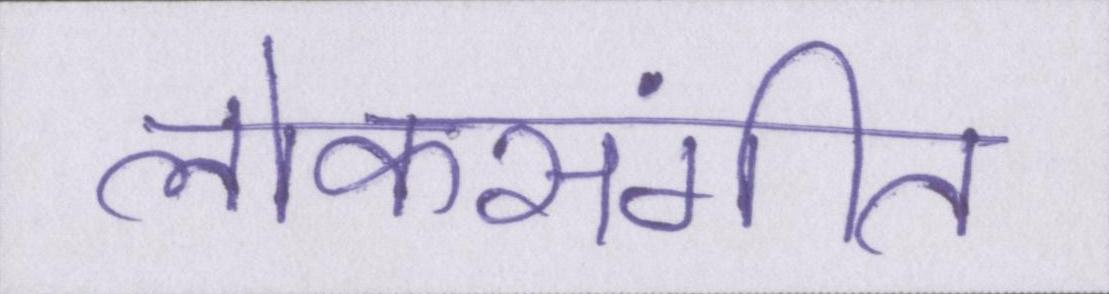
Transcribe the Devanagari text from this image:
लोकसंगीत